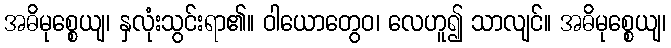
အဓိမုစ္စေယျ၊ နှလုံးသွင်းရာ၏။ ဝါယောတွေဝ၊ လေဟူ၍ သာလျင်။ အဓိမုစ္စေယျ၊